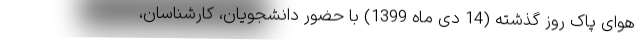
هوای پاک روز گذشته (14 دی ماه 1399) با حضور دانشجویان، کارشناسان،